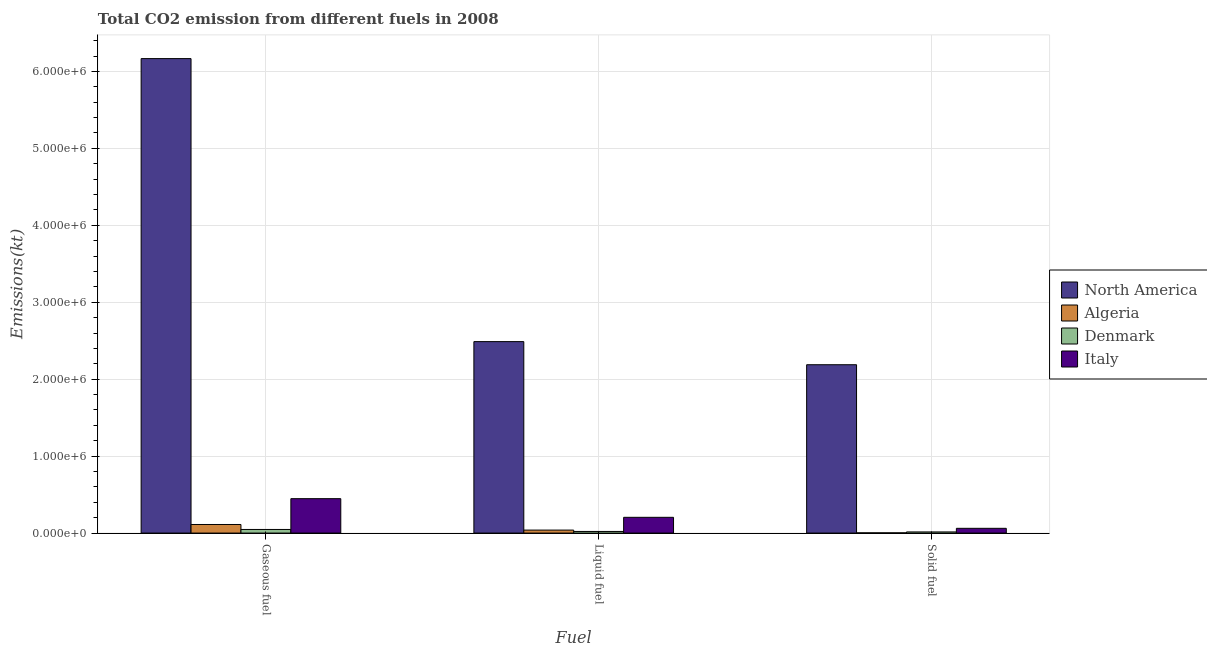
| Fuel | North America | Algeria | Denmark | Italy |
 | --- | --- | --- | --- | --- |
 | Gaseous fuel | 6.17e+06 | 1.12e+05 | 4.7e+04 | 4.47e+05 |
 | Liquid fuel | 2.49e+06 | 3.89e+04 | 2.12e+04 | 2.05e+05 |
 | Solid fuel | 2.19e+06 | 2.91e+03 | 1.49e+04 | 6.18e+04 |